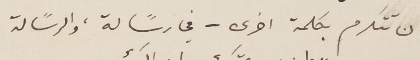
ان تتكرم بكلمة اخرى – في رسًالة، والرسًالة